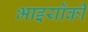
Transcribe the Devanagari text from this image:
भाइयोंकी